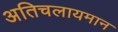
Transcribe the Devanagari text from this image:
अतिचलायमान